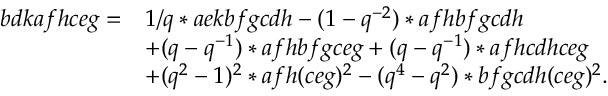
\begin{array} { r l } { b d k a f h c e g = } & { 1 / q * a e k b f g c d h - ( 1 - q ^ { - 2 } ) * a f h b f g c d h } \\ & { + ( q - q ^ { - 1 } ) * a f h b f g c e g + ( q - q ^ { - 1 } ) * a f h c d h c e g } \\ & { + ( q ^ { 2 } - 1 ) ^ { 2 } * a f h ( c e g ) ^ { 2 } - ( q ^ { 4 } - q ^ { 2 } ) * b f g c d h ( c e g ) ^ { 2 } . } \end{array}